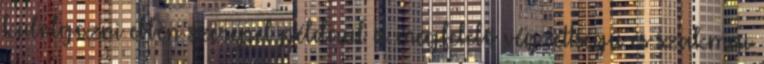
kidolgozni ebben szerepel például a megfelelő végzettségű és szakmai